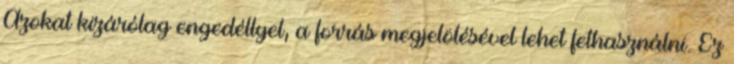
Azokat kizárólag engedéllyel, a forrás megjelölésével lehet felhasználni. Ez